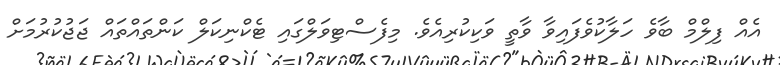
އެއް ފިލްމް ބާވެ ހަލާކުވެފައިވާ ވާތީ ވަކިކުރިއެވެ. މިފެސްޓިވަލްގައި ޓެކްނިކަލް ކަންތައްތައް ޖަޖުކުރުމަށް